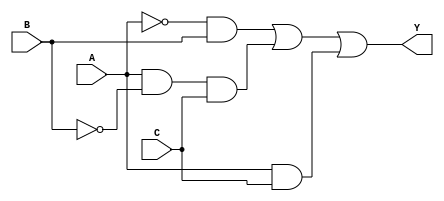
module SOP_Simplification (
    input wire A,      // Input variable A
    input wire B,      // Input variable B
    input wire C,      // Input variable C
    output wire Y      // Output of the simplified SOP expression
);

// Minterm identification
// For example, let's assume we want to implement the SOP for minterms 1, 2, 5, and 6
// Minterms: 
// 1 -> A'B'C
// 2 -> A'BC'
// 5 -> AB'C
// 6 -> ABC'

// Simplified SOP expression: Y = A'B + AB'C + AC
assign Y = (~A & B) | (A & ~B & C) | (A & C);

endmodule